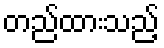
တည်ထားသည့်